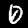
Label: 0